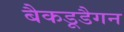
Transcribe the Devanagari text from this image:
बैकडूडैगन